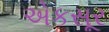
એકસૂર